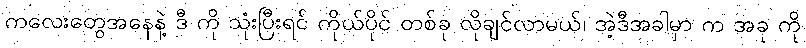
ကလေးတွေအနေနဲ့ ဒီ ကို သုံးပြီးရင် ကိုယ်ပိုင် တစ်ခု လိုချင်လာမယ်၊ အဲ့ဒီအခါမှာ က အခု ကို